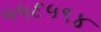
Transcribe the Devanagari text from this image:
५५६५९४